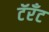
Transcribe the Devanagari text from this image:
टॅरँट